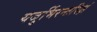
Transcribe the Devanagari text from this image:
यजुर्भिरन्तरिक्षं